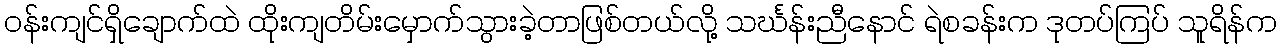
ဝန်းကျင်ရှိချောက်ထဲ ထိုးကျတိမ်းမှောက်သွားခဲ့တာဖြစ်တယ်လို့ သင်္ဃန်းညီနောင် ရဲစခန်းက ဒုတပ်ကြပ် သူရိန်က